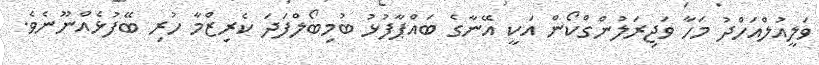
ވަލީއުލްއަހްދު މަހާ ވަޖިރަލުންގްކޯން އަކީ އޭނާގެ ބައްޕާފުޅު ބުމިބޯލްފަދަ ކެރިޒްމާ ހުރި ބޭފުޅެއްނޫނެވެ.